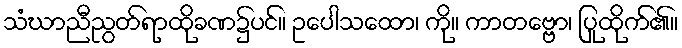
သံဃာညီညွတ်ရာထိုခဏ၌ပင်။ ဥပေါသထော၊ ကို။ ကာတဗ္ဗော၊ ပြုထိုက်၏။